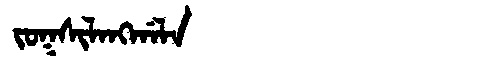
Manchu: ᠵᠣᡴᠰᡳᠯᠠᠩᡤᠠᠯᠠ
Romanization: JOKSILANGGALA